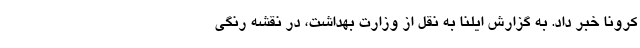
کرونا خبر داد. به گزارش ایلنا به نقل از وزارت بهداشت، در نقشه رنگی